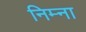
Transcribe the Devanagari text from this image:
निम्ना